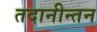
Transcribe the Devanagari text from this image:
तदानीन्तन